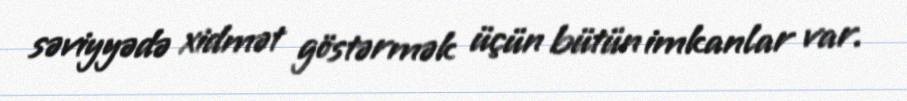
səviyyədə xidmət göstərmək üçün bütün imkanlar var.